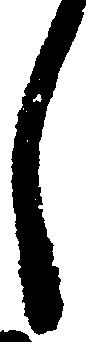
し